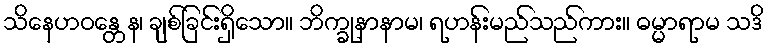
သိနေဟဝန္တေန၊ ချစ်ခြင်းရှိသော။ ဘိက္ခုနာနာမ၊ ရဟန်းမည်သည်ကား။ ဓမ္မာရာမ သဒိ